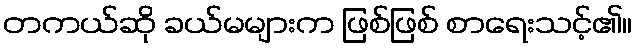
တကယ်ဆို ခယ်မများက ဖြစ်ဖြစ် စာရေးသင့်၏။